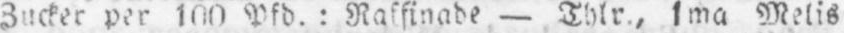
Zucker per 100 Pfd.: Raffinade - Thlr., 1ma Metis